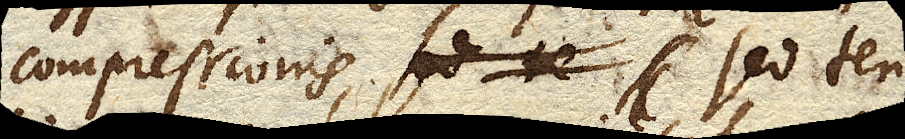
compressionis, sed ten